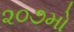
૨૦૭મો